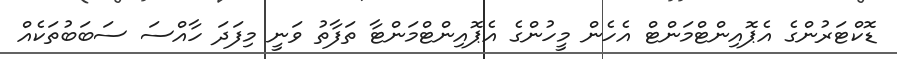
ޑޮކްޓަރުންގެ އެޕޮއިންޓްމަންޓް އެހެން މީހުންގެ އެޕޮއިންޓްމަންޓާ ތަފާތު ވަނީ މިފަދަ ހާއްސަ ސަބަބުތަކެއް